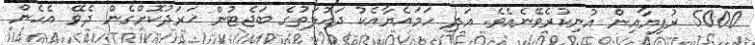
5000 ރުފިޔާއިން އުނިކުރެވޭނެއެވެ. އަދި ހަމައެޔާއެކު ދައުލަތުގެ ބަޖެޓުން ޚަރަދުކޮށްގެން ދެވޭ އެހެން